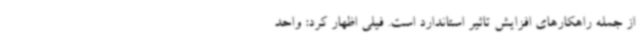
از جمله راهکارهای افزایش تاثیر استاندارد است. فیلی اظهار کرد: واحد